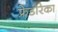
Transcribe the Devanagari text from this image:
फ्रेडरिका